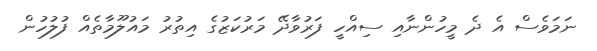
ނަމަވެސް އެ ދެ މީހުންނާއި ސިއްހީ ފަރުވާދޭ މަރުކަޒުގެ އިތުރު މައުލޫމާތެއް ފުލުހުން